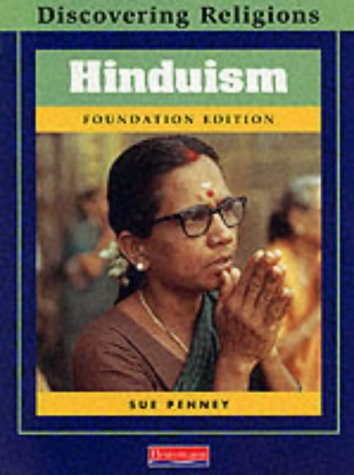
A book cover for Discovering Religions: Hinduism Foundation Edition; Sue Penney; Teen & Young Adult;